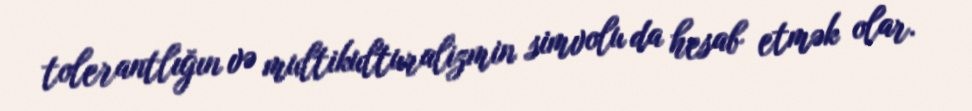
tolerantlığın və multikulturalizmin simvolu da hesab etmək olar.